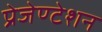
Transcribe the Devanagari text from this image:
प्रेजेण्टेशन